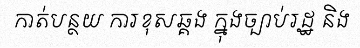
កាត់បន្ថយ ការខុសឆ្គង ក្នុងច្បាប់រដ្ឋ និង